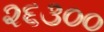
૨૬૩૦૦